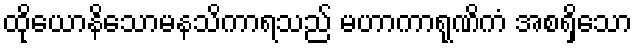
ထိုယောနိသောမနသိကာရသည် မဟာကာရုဏိကံ အစရှိသော